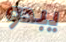
يبدو